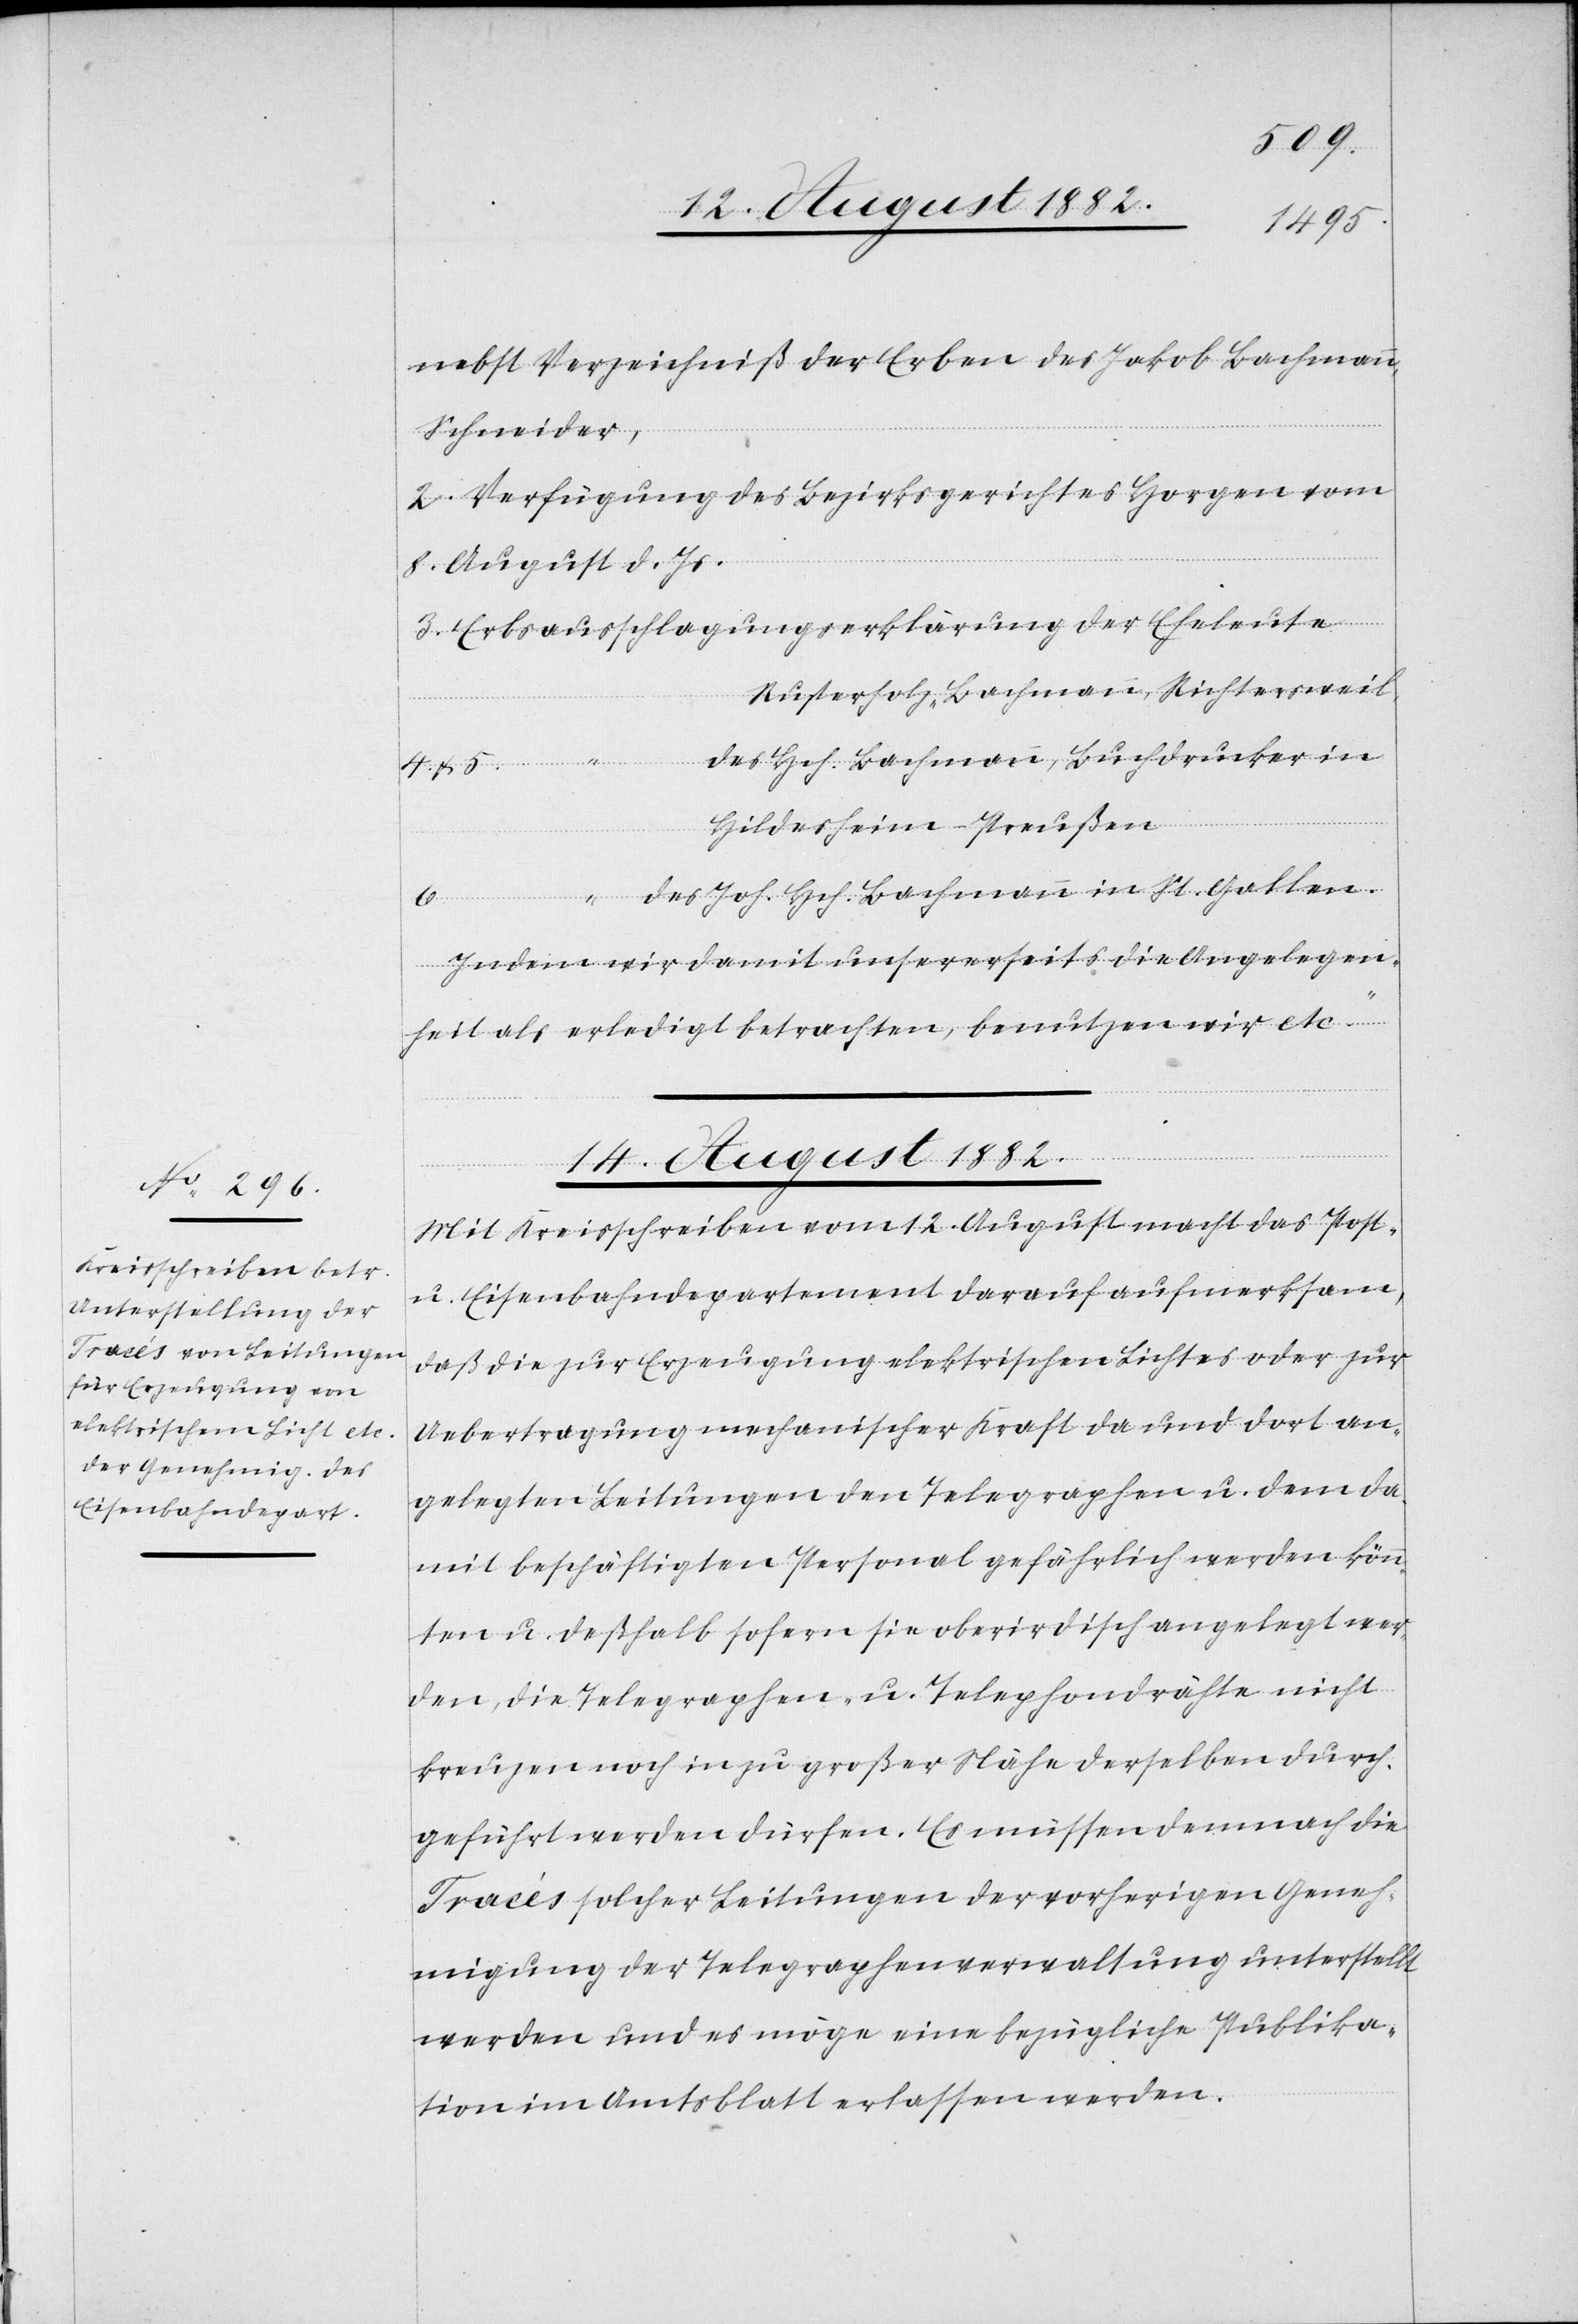
nebst Verzeichniß der Erben des Jakob Bachmann,
Schneider,
2. Verfügung des Bezirksgerichtes Horgen vom
8. August d. Js.
Rusterholz-Bachmann, Richtersweil,
5
des Hch. Bachmann, Buchdrucker in
Hildesheim - Preußen
des Joh. Hch. Bachmann in St. Gallen.
Indem wir damit unsererseits die Angelegen¬
heit als erledigt betrachten, benutzen wir etc.“
14. August 1882.
Mit Kreisschreiben vom 12. August macht das Post-
u. Eisenbahndepartement darauf aufmerksam,
daß die zur Erzeugung elektrischen Lichtes oder zur
Uebertragung mechanischer Kraft da und dort an¬
gelegten Leitungen den Telegraphen u. dem da¬
mit beschäftigten Personal gefährlich werden könn¬
ten u. deßhalb sofern sie oberirdisch angelegt wer¬
den, die Telegraphen- u. Telephondrähte nicht
kreuzen noch in zu großer Nähe derselben durch¬
geführt werden dürfen. Es müssen demnach die
Tracés solcher Leitungen der vorherigen Geneh¬
migung der Telegraphenverwaltung unterstellt
werden und es möge eine bezügliche Publika¬
tion im Amtsblatt erlassen werden.